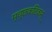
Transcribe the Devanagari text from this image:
मृच्छकटिकम्‌